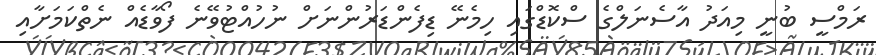
ރަމްސީ ބުނީ މިއަދު އާސެނަލްގެ ސްކޮޑްގައި ހިމެނޭ ޑިފެންޑަރުންނަށް ނުހުއްޓުވޭނެ ފޯވާޑެއް ނެތްކަމަށާއި